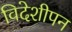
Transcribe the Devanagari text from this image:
विदेशीपन